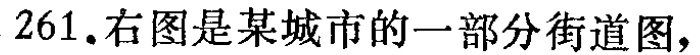
261. 右图是某城市的一部分街道图，